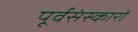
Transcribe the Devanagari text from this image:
पूर्वसंस्कारों